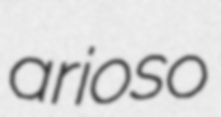
arioso